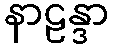
နာဠန္ဒာ